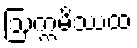
ဩက္ကမိဿထ